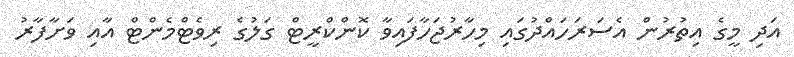
އަދި މީގެ އިތުރުން އެސަރަހައްދުގައި މިހާރުޖަހާފައިވާ ކޮންކްރީޓް ގަލުގެ ރިވެޓްމެންޓް އާއި ވަށާފާރު